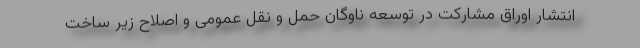
انتشار اوراق مشارکت در توسعه ناوگان حمل و نقل عمومی و اصلاح زیر ساخت